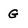
Character: G